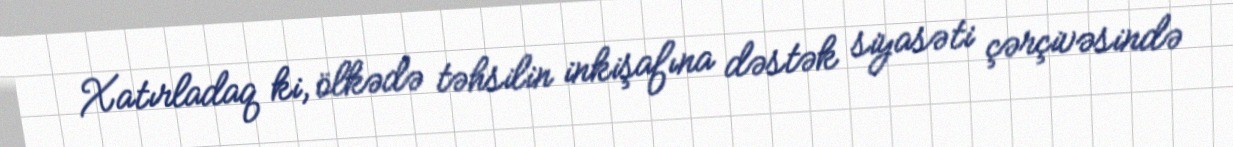
Xatırladaq ki, ölkədə təhsilin inkişafına dəstək siyasəti çərçivəsində